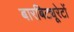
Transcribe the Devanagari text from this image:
बारबिट्यूरेटों